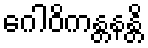
ဂေါဝိကန္တနန္တိ